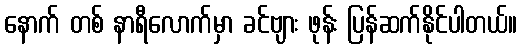
နောက် တစ် နာရီလောက်မှာ ခင်ဗျား ဖုန်း ပြန်ဆက်နိုင်ပါတယ်။